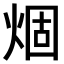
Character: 𤊎